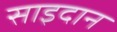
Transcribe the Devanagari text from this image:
साइदान